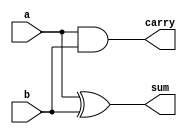
//write a verilog code for full adder using halfadders
module h_add(a,b,sum,carry);
  input a,b;
  output sum,carry;
  assign sum =a^b;
  assign carry = a&b;
endmodule


module f_add(a,b,cin,sum,c);
  input a,b,cin;
  output sum, c;
  wire w1, w2, w3;
  h_add h1(a,b,w1,w2);
  h_add h2(w1,cin,sum,w3);
  or or1(c, w2,w3);
endmodule